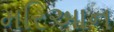
મરિઆન